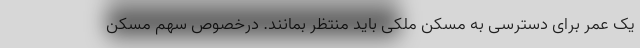
یک عمر برای دسترسی به مسکن ملکی باید منتظر بمانند. درخصوص سهم مسکن